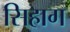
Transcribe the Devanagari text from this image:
सिहाग